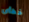
خطأى